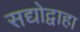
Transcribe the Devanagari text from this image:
सद्योद्वाहा